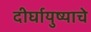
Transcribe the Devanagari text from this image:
दीर्घायुष्याचे